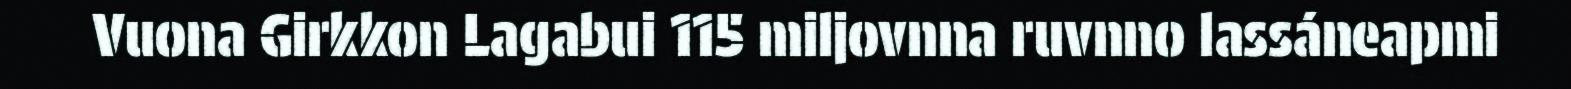
Vuona Girkkon Lagabui 115 miljovnna ruvnno lassáneapmi